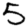
Digit: 5